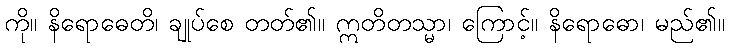
ကို။ နိရောဓေတိ၊ ချုပ်စေ တတ်၏။ ဣတိတသ္မာ၊ ကြောင့်။ နိရောဓော၊ မည်၏။